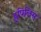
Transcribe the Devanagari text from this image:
ह्र्पिलिस